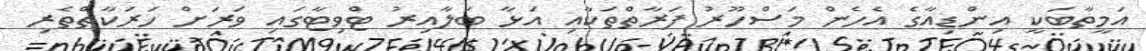
އަމީތާބަކީ އިންޑިއާގެ އެހެން މަސްހޫރު ފަރާތްތަކާއި އަޅާ ބަލާއިރު ޓްވިޓާގައި ވަރަށް ހަރަކާތްތެރި